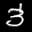
Label: 3